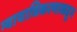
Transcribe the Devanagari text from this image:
न्यायाधिकरणाकडून